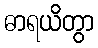
ဓာရယိတွာ